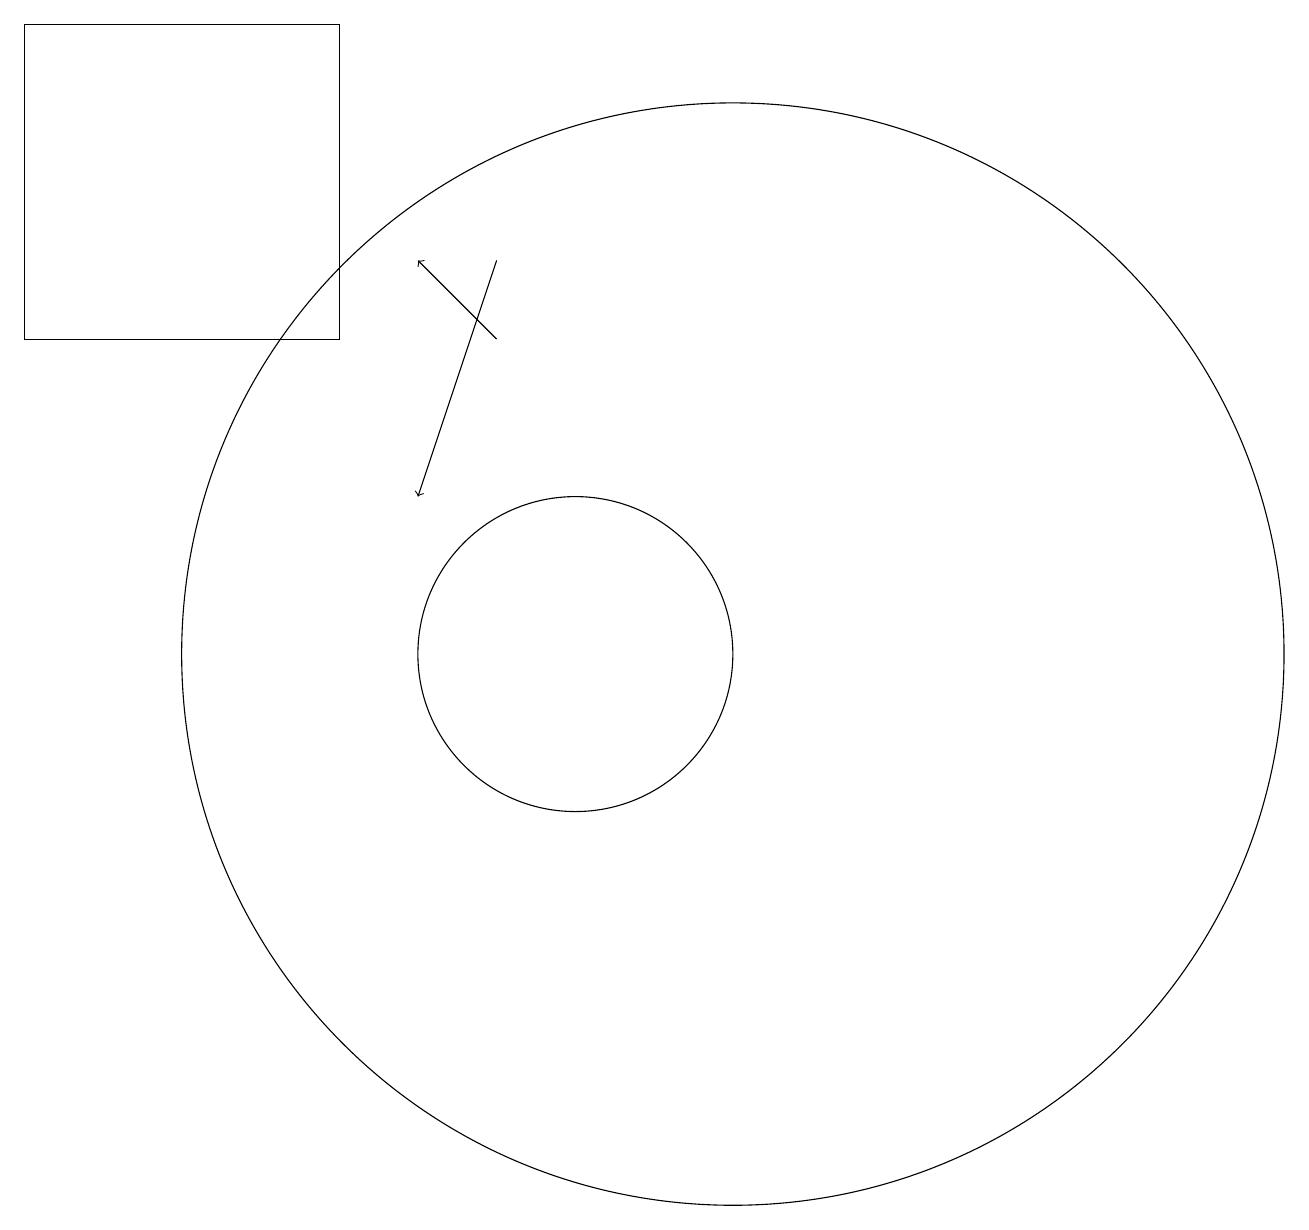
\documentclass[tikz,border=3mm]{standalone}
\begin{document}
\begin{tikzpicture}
\draw[->] (9,14) -- (8,15);
\draw (12,10) circle (7);
\draw (10,10) circle (2);
\draw (3,14) rectangle (7,18);
\draw[->] (9,15) -- (8,12);
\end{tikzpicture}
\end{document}